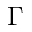
\Gamma